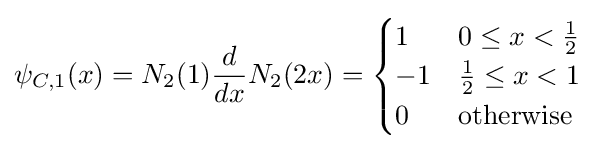
\psi _{C,1}(x)=N_{2}(1){\frac {d}{dx}}N_{2}(2x)={\begin{cases}1&0\leq x<{\frac {1}{2}}\\-1&{\frac {1}{2}}\leq x<1\\0&{\text{otherwise}}\end{cases}}